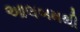
આલબમથી